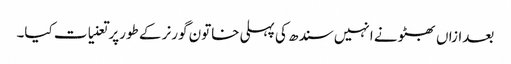
بعدازاں بھٹو نے انہیں سندھ کی پہلی خاتون گورنر کے طورپر تعنیات کیا۔